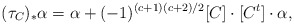
\begin{align*} (\tau_C)_*\alpha = \alpha + (-1)^{(c+1)(c+2)/2} [C]\cdot [C^t] \cdot \alpha ,\end{align*}